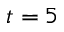
t = 5